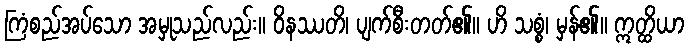
ကြံစည်အပ်သော အမှုသည်လည်း။ ဝိနဿတိ၊ ပျက်စီးတတ်၏။ ဟိ သစ္စံ၊ မှန်၏။ ဣတ္ထိယာ